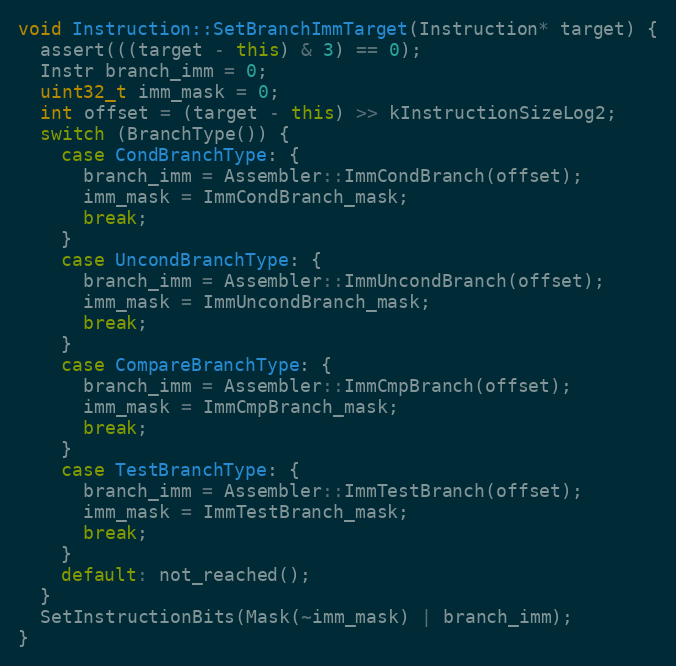
Language: C++
void Instruction::SetBranchImmTarget(Instruction* target) {
  assert(((target - this) & 3) == 0);
  Instr branch_imm = 0;
  uint32_t imm_mask = 0;
  int offset = (target - this) >> kInstructionSizeLog2;
  switch (BranchType()) {
    case CondBranchType: {
      branch_imm = Assembler::ImmCondBranch(offset);
      imm_mask = ImmCondBranch_mask;
      break;
    }
    case UncondBranchType: {
      branch_imm = Assembler::ImmUncondBranch(offset);
      imm_mask = ImmUncondBranch_mask;
      break;
    }
    case CompareBranchType: {
      branch_imm = Assembler::ImmCmpBranch(offset);
      imm_mask = ImmCmpBranch_mask;
      break;
    }
    case TestBranchType: {
      branch_imm = Assembler::ImmTestBranch(offset);
      imm_mask = ImmTestBranch_mask;
      break;
    }
    default: not_reached();
  }
  SetInstructionBits(Mask(~imm_mask) | branch_imm);
}